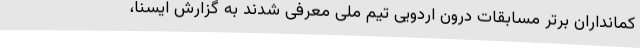
کمانداران برتر مسابقات درون اردویی تیم ملی معرفی شدند به گزارش ایسنا،